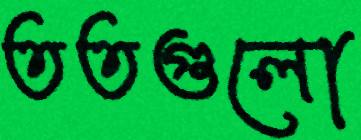
ততগুলো